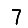
Digit: 7